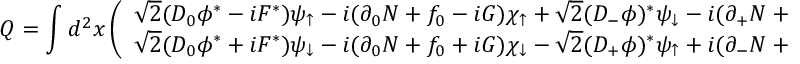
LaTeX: Q = \int d ^ { 2 } x \left( \begin{array} { c } { { \sqrt { 2 } ( D _ { 0 } \phi ^ { * } - i F ^ { * } ) \psi _ { \uparrow } - i ( \partial _ { 0 } N + f _ { 0 } - i G ) \chi _ { \uparrow } + \sqrt { 2 } ( D _ { - } \phi ) ^ { * } \psi _ { \downarrow } - i ( \partial _ { + } N + f _ { + } ) \chi _ { \downarrow } } } \\ { { \sqrt { 2 } ( D _ { 0 } \phi ^ { * } + i F ^ { * } ) \psi _ { \downarrow } - i ( \partial _ { 0 } N + f _ { 0 } + i G ) \chi _ { \downarrow } - \sqrt { 2 } ( D _ { + } \phi ) ^ { * } \psi _ { \uparrow } + i ( \partial _ { - } N + f _ { - } ) \chi _ { \uparrow } } } \end{array} \right)